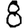
Digit: 8